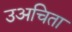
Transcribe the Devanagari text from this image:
उअचिता